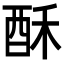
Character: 酥